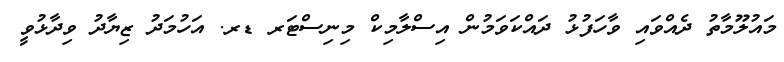
މައުލޫމާތު ދެއްވައި ވާހަފުޅު ދައްކަވަމުން އިސްލާމިކް މިނިސްޓަރ ޑރ. އަހުމަދު ޒިޔާދު ވިދާޅުވީ